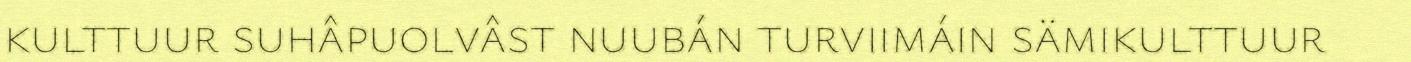
kulttuur suhâpuolvâst nuubán turviimáin sämikulttuur